Report on plague and inoculation in the Punjab from October 1st ... to September 30th..., being the ... season of plague in the province
Disease focus: Plague
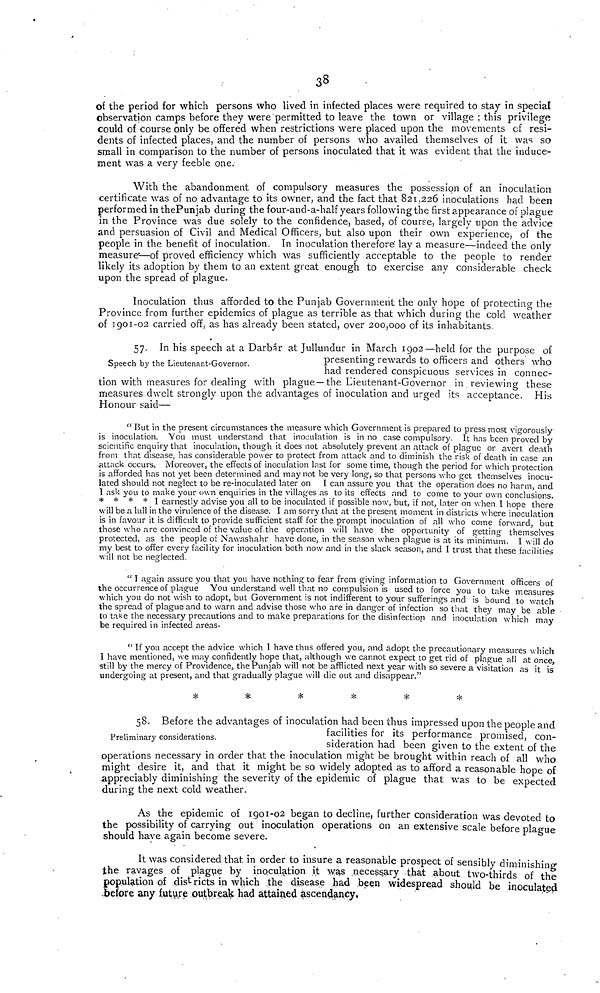
38
of the period for which persons who lived in infected places were required to stay in special
observation camps before they were permitted to leave the town or village ; this privilege
could of course only be offered when restrictions were placed upon the movements of resi-
dents of infected places, and the number of persons who availed themselves of it was so
small in comparison to the number of persons inoculated that it was evident that the induce-
ment was a very feeble one.
With the abandonment of compulsory measures the possession of an inoculation
certificate was of no advantage to its owner, and the fact that 821,226 inoculations had been
performed in the Punjab during the four-and-a-half years following the first appearance of plague
in the Province was due solely to the confidence, based, of course, largely upon the advice
and persuasion of Civil and Medical Officers, but also upon their own experience, of the
people in the benefit of inoculation. In inoculation therefore lay a measure—indeed the only
measure—of proved efficiency which was sufficiently acceptable to the people to render
likely its adoption by them to an extent great enough to exercise any considerable check
upon the spread of plague.
Inoculation thus afforded to the Punjab Government the only hope of protecting the
Province from further epidemics of plague as terrible as that which during the cold weather
of 1901-02 carried off, as has already been stated, over 200,000 of its inhabitants
Speech by the Lieutenant-Governor.
57. In his speech at a Darbár at Jullundur in March 1902—held for the purpose of
presenting rewards to officers and others who
had rendered conspicuous services in connec-
tion with measures for dealing with plague—the Lieutenant-Governor in reviewing these
measures dwelt strongly upon the advantages of inoculation and urged its acceptance. His
Honour said—
" But in the present circumstances the measure which Government is prepared to press most vigorously
is inoculation. You must understand that inoculation is in no case compulsory It has been proved by
scientific enquiry that inoculation, though it does not absolutely prevent an attack of plague or avert death
from that disease, has considerable power to protect from attack and to diminish the risk of death in case an
attack occurs. Moreover, the effects of inoculation last for some time, though the period for which protection
is afforded has not yet been determined and may not be very long, so that persons who get themselves inocu-
lated should not neglect to be re-inoculated later on I can assure you that the operation does no harm, and
I ask you to make your own enquiries in the villages as to its effects and to come to your own conclusions.
* * * * I earnestly advise you all to be inoculated if possible now, but, if not, later on when I hope there
will be a lull in the virulence of the disease. I am sorry that at the present moment in districts where inoculation
is in favour it is difficult to provide sufficient staff for the prompt inoculation of all who come forward, but
those who arc convinced of the value of the operation will have the opportunity of getting themselves
protected, as the people of Nawashahr have done, in the season when plague is at its minimum. I w ill do
my best to offer every facility for inoculation both now and in the slack season, and I trust that these facilities
will not be neglected.
" I again assure you that you have nothing to fear from giving information to Government officers of
the occurrence of plague You understand well that no compulsion is used to force you to take measures
which you do not wish to adopt, but Government is not indifferent to your sufferings and is bound to watch
the spread of plague and to warn and advise those who are in danger of infection so that they may be able
to take the necessary precautions and to make preparations for the disinfection and inoculation which may
be required in infected areas-
" If you accept the advice which I have thus offered you, and adopt the precautionary measures which
I have mentioned, we may confidently hope that, although we cannot expect to get rid of plague all at once
still by the mercy of Providence, the Punjab will not be afflicted next year with so severe a visitation as it is
undergoing at present, and that gradually plague will die out and disappear."
*
*
*
*
*
*
Preliminary considerations.
58. Before the advantages of inoculation had been thus impressed upon the people and
facilities for its performance promised, con-
sideration had been given to the extent of the-
operations necessary in order that the inoculation might be brought within reach of all who
might desire it, and that it might be so widely adopted as to afford a reasonable hope of
appreciably diminishing the severity of the epidemic of plague that was to be expected
during the next cold weather.
As the epidemic of 1901-02 began to decline, further consideration was devoted to
the possibility of carrying out inoculation operations on an extensive scale before plague
should have again become severe.
It was considered that in order to insure a reasonable prospect of sensibly diminishing
the ravages of plague by inoculation it was necessary that about two-thirds of the
population of districts in which the disease had been widespread should be inoculated
before any future outbreak had attained ascendancy.